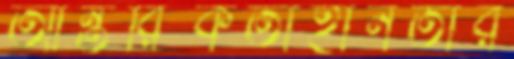
আন্তরিকতাহীনতার